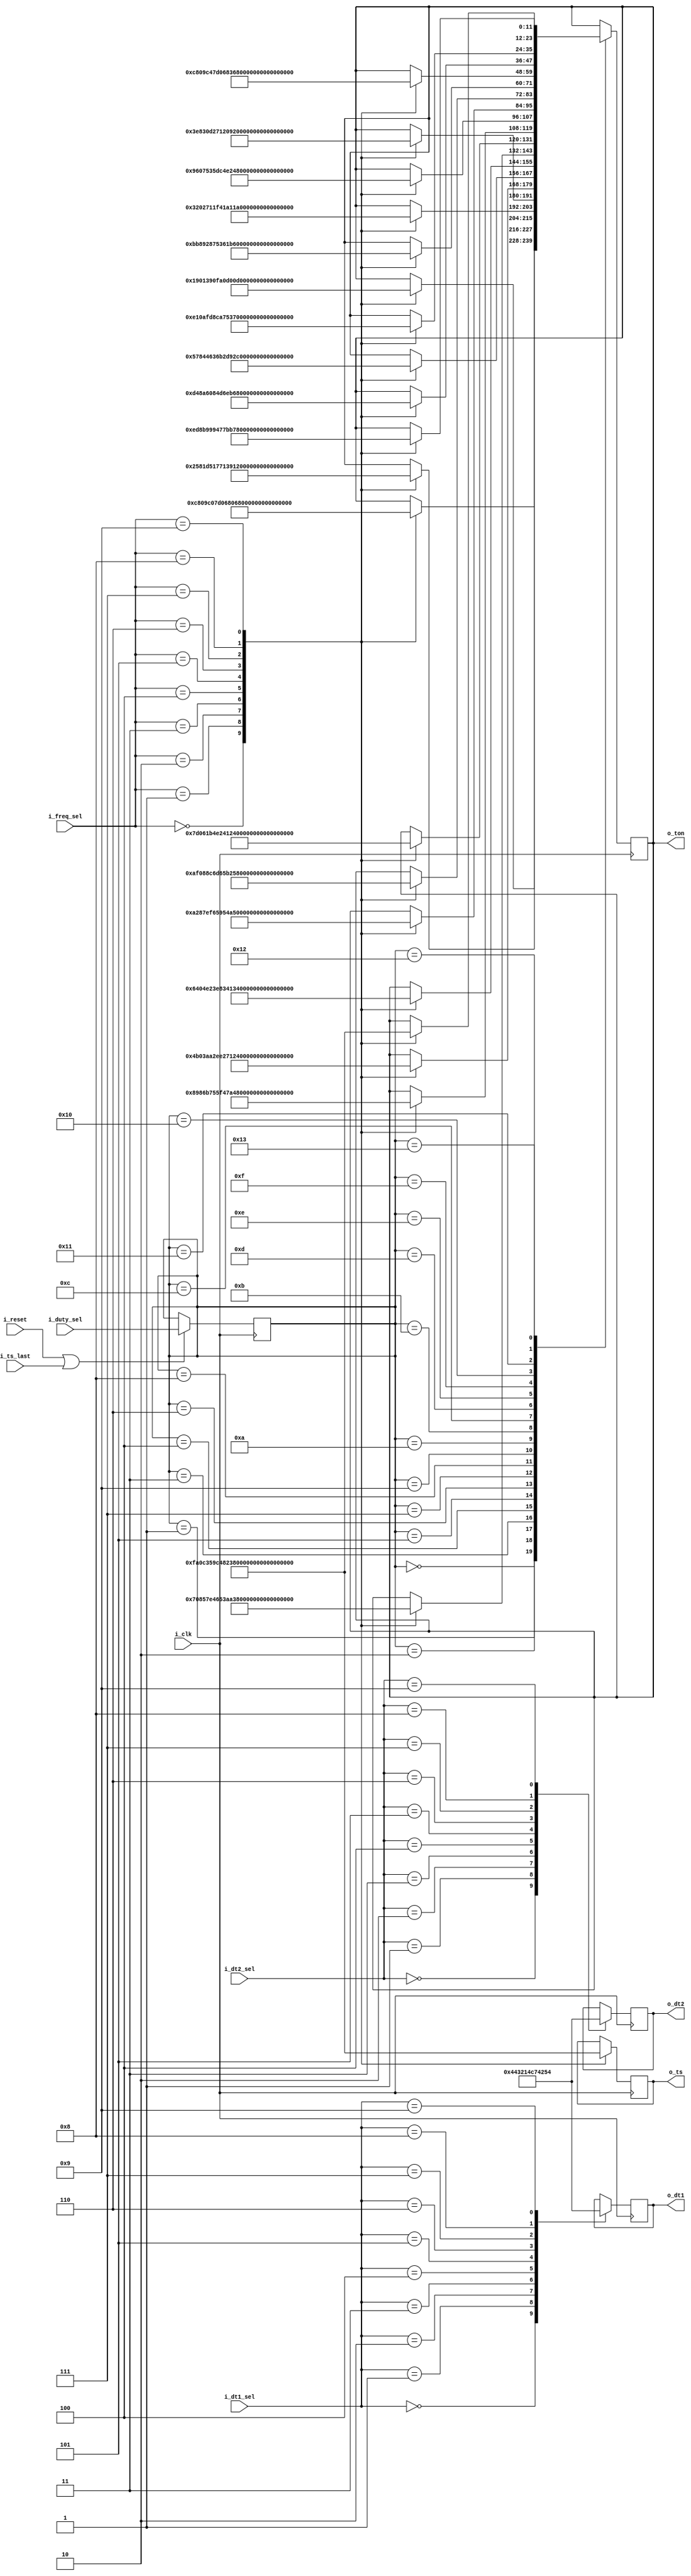
module dpwm_val
(
    input i_clk,
    input [4:0] i_duty_sel,
    input [3:0] i_dt1_sel,
    input [3:0] i_dt2_sel,
    input [3:0] i_freq_sel,
    //input update, maybe won't need it 
    input i_reset,
    input i_ts_last,
    output reg [11:0] o_ton, o_ts,
    output reg [4:0] o_dt1, o_dt2
);
    reg [4:0] curr_duty;

    //freq & dt select
    always@(posedge i_clk) begin
        case(i_freq_sel)
            0: o_ts <= 12'd4000;
            1: o_ts <= 12'd3125;
            2: o_ts <= 12'd2500;
            3: o_ts <= 12'd2083;
            4: o_ts <= 12'd2000;
            5: o_ts <= 12'd1600;
            6: o_ts <= 12'd1333;
            7: o_ts <= 12'd1143;
            8: o_ts <= 12'd1053;
            9: o_ts <= 12'd1000;
        endcase

        case(i_dt1_sel)
            0: o_dt1 <= 5'd2;  
            1: o_dt1 <= 5'd4;
            2: o_dt1 <= 5'd6;
            3: o_dt1 <= 5'd8;
            4: o_dt1 <= 5'd10;
            5: o_dt1 <= 5'd12;
            6: o_dt1 <= 5'd14;
            7: o_dt1 <= 5'd16;
            8: o_dt1 <= 5'd18;
            9: o_dt1 <= 5'd20;
        endcase

        case(i_dt2_sel)
            0: o_dt2 <= 5'd2;  
            1: o_dt2 <= 5'd4;
            2: o_dt2 <= 5'd6;
            3: o_dt2 <= 5'd8;
            4: o_dt2 <= 5'd10;
            5: o_dt2 <= 5'd12;
            6: o_dt2 <= 5'd14;
            7: o_dt2 <= 5'd16;
            8: o_dt2 <= 5'd18;
            9: o_dt2 <= 5'd20;
        endcase
    end

    always@(posedge i_clk) begin
        if(i_reset | i_ts_last)
            curr_duty <= i_duty_sel;
    end

    always@(posedge i_clk) begin
        case(curr_duty)
            0: begin
                case(i_freq_sel)
                    0: o_ton <= 12'd200;
                    1: o_ton <= 12'd156;
                    2: o_ton <= 12'd125;
                    3: o_ton <= 12'd104;
                    4: o_ton <= 12'd100;
                    5: o_ton <= 12'd80;
                    6: o_ton <= 12'd67;
                    7: o_ton <= 12'd57;
                    8: o_ton <= 12'd53;
                    9: o_ton <= 12'd50;
                endcase
              end
            
            1: begin
                case(i_freq_sel)
                    0: o_ton <= 12'd400;
                    1: o_ton <= 12'd313;
                    2: o_ton <= 12'd250;
                    3: o_ton <= 12'd208;
                    4: o_ton <= 12'd200;
                    5: o_ton <= 12'd160;
                    6: o_ton <= 12'd133;
                    7: o_ton <= 12'd114;
                    8: o_ton <= 12'd105;
                    9: o_ton <= 12'd100;
                endcase
               end
            
            2: begin
                case(i_freq_sel)
                    0: o_ton <= 12'd600;
                    1: o_ton <= 12'd469;
                    2: o_ton <= 12'd375;
                    3: o_ton <= 12'd313;
                    4: o_ton <= 12'd300;
                    5: o_ton <= 12'd240;
                    6: o_ton <= 12'd200;
                    7: o_ton <= 12'd171;
                    8: o_ton <= 12'd158;
                    9: o_ton <= 12'd150;
                endcase
               end 
            
            3: begin
                case(i_freq_sel)
                    0: o_ton <= 12'd800;
                    1: o_ton <= 12'd625;
                    2: o_ton <= 12'd500;
                    3: o_ton <= 12'd417;
                    4: o_ton <= 12'd400;
                    5: o_ton <= 12'd320;
                    6: o_ton <= 12'd267;
                    7: o_ton <= 12'd229;
                    8: o_ton <= 12'd211;
                    9: o_ton <= 12'd200;
                endcase
               end
            
            4: begin
                case(i_freq_sel)
                    0: o_ton <= 12'd1000;
                    1: o_ton <= 12'd781;
                    2: o_ton <= 12'd625;
                    3: o_ton <= 12'd521;
                    4: o_ton <= 12'd500;
                    5: o_ton <= 12'd400;
                    6: o_ton <= 12'd333;
                    7: o_ton <= 12'd286;
                    8: o_ton <= 12'd263;
                    9: o_ton <= 12'd250;
                endcase
               end
            
            5: begin
                case(i_freq_sel)
                    0: o_ton <= 12'd1200;
                    1: o_ton <= 12'd938;
                    2: o_ton <= 12'd750;
                    3: o_ton <= 12'd625;
                    4: o_ton <= 12'd600;
                    5: o_ton <= 12'd480;
                    6: o_ton <= 12'd400;
                    7: o_ton <= 12'd343;
                    8: o_ton <= 12'd316;
                    9: o_ton <= 12'd300;
                endcase
               end
            
            6: begin
                case(i_freq_sel)
                    0: o_ton <= 12'd1400;
                    1: o_ton <= 12'd1094;
                    2: o_ton <= 12'd875;
                    3: o_ton <= 12'd729;
                    4: o_ton <= 12'd700;
                    5: o_ton <= 12'd560;
                    6: o_ton <= 12'd467;
                    7: o_ton <= 12'd400;
                    8: o_ton <= 12'd368;
                    9: o_ton <= 12'd350;
                endcase
               end
            
            7: begin
                case(i_freq_sel)
                    0: o_ton <= 12'd1600;
                    1: o_ton <= 12'd1250;
                    2: o_ton <= 12'd1000;
                    3: o_ton <= 12'd833;
                    4: o_ton <= 12'd800;
                    5: o_ton <= 12'd640;
                    6: o_ton <= 12'd533;
                    7: o_ton <= 12'd457;
                    8: o_ton <= 12'd421;
                    9: o_ton <= 12'd400;
                endcase
               end
            
            8: begin
                case(i_freq_sel)
                    0: o_ton <= 12'd1800;
                    1: o_ton <= 12'd1406;
                    2: o_ton <= 12'd1125;
                    3: o_ton <= 12'd938;
                    4: o_ton <= 12'd900;
                    5: o_ton <= 12'd720;
                    6: o_ton <= 12'd600;
                    7: o_ton <= 12'd514;
                    8: o_ton <= 12'd474;
                    9: o_ton <= 12'd450;
                endcase
               end

            9: begin
                case(i_freq_sel)
                    0: o_ton <= 12'd2000;
                    1: o_ton <= 12'd1563;
                    2: o_ton <= 12'd1250;
                    3: o_ton <= 12'd1042;
                    4: o_ton <= 12'd1000;
                    5: o_ton <= 12'd800;
                    6: o_ton <= 12'd667;
                    7: o_ton <= 12'd571;
                    8: o_ton <= 12'd526;
                    9: o_ton <= 12'd500;
                endcase
               end

            10: begin
                case(i_freq_sel)
                    0: o_ton <= 12'd2200;
                    1: o_ton <= 12'd1719;
                    2: o_ton <= 12'd1375;
                    3: o_ton <= 12'd1146;
                    4: o_ton <= 12'd1100;
                    5: o_ton <= 12'd880;
                    6: o_ton <= 12'd733;
                    7: o_ton <= 12'd629;
                    8: o_ton <= 12'd579;
                    9: o_ton <= 12'd550;
                endcase
               end
               
            11: begin
                case(i_freq_sel)
                    0: o_ton <= 12'd2400;
                    1: o_ton <= 12'd1875;
                    2: o_ton <= 12'd1500;
                    3: o_ton <= 12'd1250;
                    4: o_ton <= 12'd1200;
                    5: o_ton <= 12'd960;
                    6: o_ton <= 12'd800;
                    7: o_ton <= 12'd686;
                    8: o_ton <= 12'd632;
                    9: o_ton <= 12'd600;
                endcase
               end
               
            12: begin
                case(i_freq_sel)
                    0: o_ton <= 12'd2600;
                    1: o_ton <= 12'd2031;
                    2: o_ton <= 12'd1625;
                    3: o_ton <= 12'd1354;
                    4: o_ton <= 12'd1300;
                    5: o_ton <= 12'd1040;
                    6: o_ton <= 12'd867;
                    7: o_ton <= 12'd743;
                    8: o_ton <= 12'd684;
                    9: o_ton <= 12'd650;
                endcase
               end
               
            13: begin
                case(i_freq_sel)
                    0: o_ton <= 12'd2800;
                    1: o_ton <= 12'd2188;
                    2: o_ton <= 12'd1750;
                    3: o_ton <= 12'd1458;
                    4: o_ton <= 12'd1400;
                    5: o_ton <= 12'd1120;
                    6: o_ton <= 12'd933;
                    7: o_ton <= 12'd800;
                    8: o_ton <= 12'd737;
                    9: o_ton <= 12'd700;
                endcase
               end
               
            14: begin
                case(i_freq_sel)
                    0: o_ton <= 12'd3000;
                    1: o_ton <= 12'd2344;
                    2: o_ton <= 12'd1875;
                    3: o_ton <= 12'd1563;
                    4: o_ton <= 12'd1500;
                    5: o_ton <= 12'd1200;
                    6: o_ton <= 12'd1000;
                    7: o_ton <= 12'd857;
                    8: o_ton <= 12'd789;
                    9: o_ton <= 12'd750;
                endcase
               end
               
            15: begin
                case(i_freq_sel)
                    0: o_ton <= 12'd3200;
                    1: o_ton <= 12'd2500;
                    2: o_ton <= 12'd2000;
                    3: o_ton <= 12'd1667;
                    4: o_ton <= 12'd1600;
                    5: o_ton <= 12'd1280;
                    6: o_ton <= 12'd1067;
                    7: o_ton <= 12'd914;
                    8: o_ton <= 12'd842;
                    9: o_ton <= 12'd800;
                endcase
               end
               
            16: begin
                case(i_freq_sel)
                    0: o_ton <= 12'd3400;
                    1: o_ton <= 12'd2656;
                    2: o_ton <= 12'd2125;
                    3: o_ton <= 12'd1771;
                    4: o_ton <= 12'd1700;
                    5: o_ton <= 12'd1360;
                    6: o_ton <= 12'd1133;
                    7: o_ton <= 12'd971;
                    8: o_ton <= 12'd895;
                    9: o_ton <= 12'd850;
                endcase
               end
               
            17: begin
                case(i_freq_sel)
                    0: o_ton <= 12'd3600;
                    1: o_ton <= 12'd2813;
                    2: o_ton <= 12'd2250;
                    3: o_ton <= 12'd1875;
                    4: o_ton <= 12'd1800;
                    5: o_ton <= 12'd1440;
                    6: o_ton <= 12'd1200;
                    7: o_ton <= 12'd1029;
                    8: o_ton <= 12'd947;
                    9: o_ton <= 12'd900;
                endcase
               end
               
            18: begin
                case(i_freq_sel)
                    0: o_ton <= 12'd3800;
                    1: o_ton <= 12'd2969;
                    2: o_ton <= 12'd2375;
                    3: o_ton <= 12'd1979;
                    4: o_ton <= 12'd1900;
                    5: o_ton <= 12'd1520;
                    6: o_ton <= 12'd1267;
                    7: o_ton <= 12'd1086;
                    8: o_ton <= 12'd1000;
                    9: o_ton <= 12'd950;
                endcase
               end
               
            19: begin
                case(i_freq_sel)
                    0: o_ton <= 12'd4000;
                    1: o_ton <= 12'd3125;
                    2: o_ton <= 12'd2500;
                    3: o_ton <= 12'd2083;
                    4: o_ton <= 12'd2000;
                    5: o_ton <= 12'd1600;
                    6: o_ton <= 12'd1333;
                    7: o_ton <= 12'd1143;
                    8: o_ton <= 12'd1053;
                    9: o_ton <= 12'd1000;
                endcase
               end

        endcase
    end    




endmodule